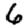
Digit: 6